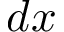
d x